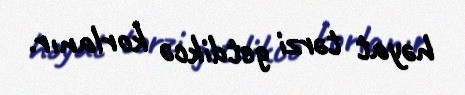
həyat tərzi getdikcə korlanır.